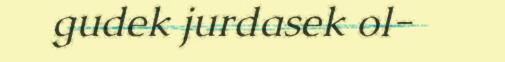
gudek jurdasek ol-